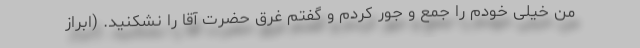
من خیلی خودم را جمع و جور کردم و گفتم غُرق حضرت آقا را نشکنید. (ابراز